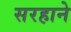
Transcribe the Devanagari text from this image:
सरहाने